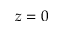
z = 0